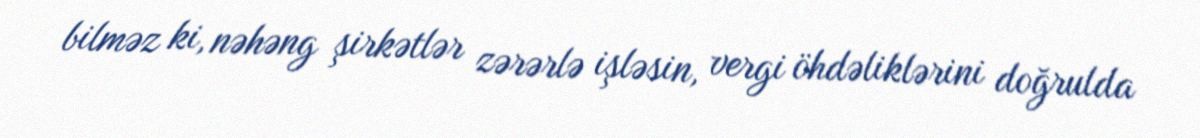
bilməz ki, nəhəng şirkətlər zərərlə işləsin, vergi öhdəliklərini doğrulda